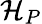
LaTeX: \mathcal{H}_{P}